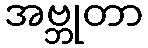
အဗ္ဘုတာ